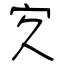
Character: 㝌